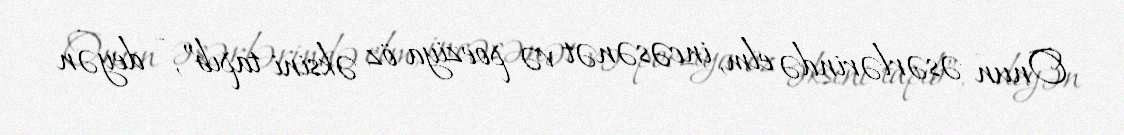
Onun əsərlərində elm, incəsənət və poeziya öz əksini tapıb”, - deyən